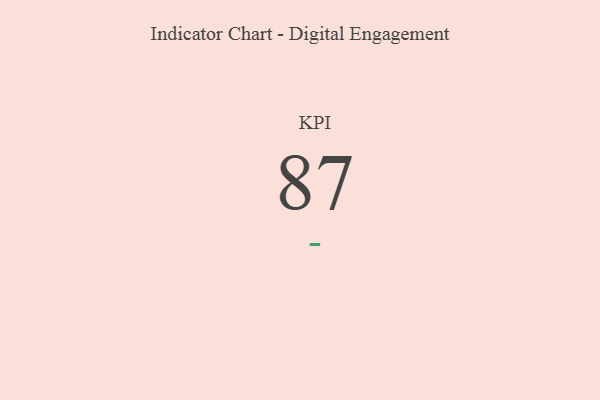
{"axis": {"x": "KPI", "y": "Value"}, "legend": [""], "data": [{"x": "KPI", "y": 87, "type": ""}]}